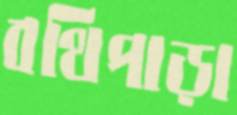
বথিপাড়া